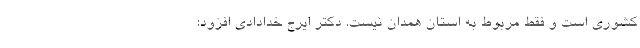
کشوری است و فقط مربوط به استان همدان نیست. دکتر ایرج خدادادی افزود: